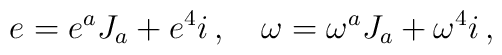
e=e^a J_a+e^4 i\, ,\quad \omega=\omega^a J_a+\omega^4 i\, ,